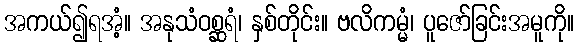
အကယ်၍ရအံ့။ အနုသံဝစ္ဆရံ၊ နှစ်တိုင်း။ ဗလိကမ္မံ၊ ပူဇော်ခြင်းအမူကို။